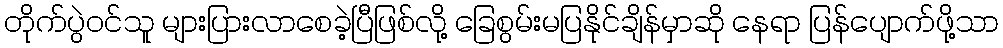
တိုက်ပွဲဝင်သူ များပြားလာစေခဲ့ပြီဖြစ်လို့ ခြေစွမ်းမပြနိုင်ချိန်မှာဆို နေရာ ပြန်ပျောက်ဖို့သာ